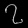
Digit: ၇